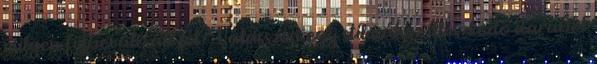
milyen fülbevaló áll jól? Válasszon egy stílusához illeszkedő darabot